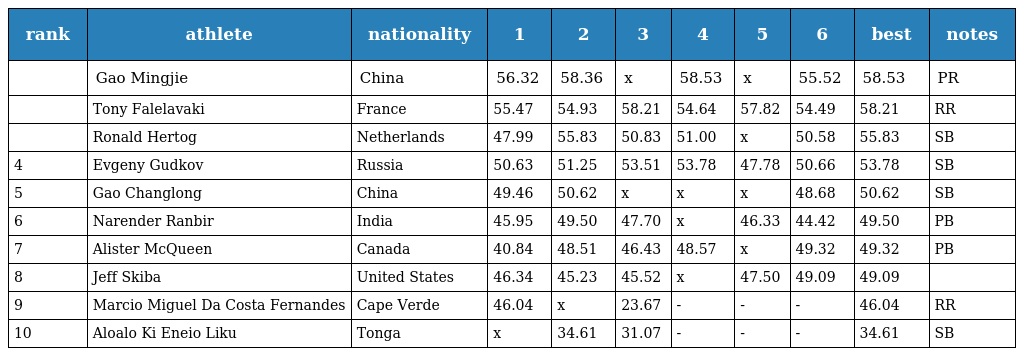
| rank | athlete | nationality | 1 | 2 | 3 | 4 | 5 | 6 | best | notes |
 | --- | --- | --- | --- | --- | --- | --- | --- | --- | --- | --- |
 |  | Gao Mingjie | China | 56.32 | 58.36 | x | 58.53 | x | 55.52 | 58.53 | PR |
 |  | Tony Falelavaki | France | 55.47 | 54.93 | 58.21 | 54.64 | 57.82 | 54.49 | 58.21 | RR |
 |  | Ronald Hertog | Netherlands | 47.99 | 55.83 | 50.83 | 51.00 | x | 50.58 | 55.83 | SB |
 | 4 | Evgeny Gudkov | Russia | 50.63 | 51.25 | 53.51 | 53.78 | 47.78 | 50.66 | 53.78 | SB |
 | 5 | Gao Changlong | China | 49.46 | 50.62 | x | x | x | 48.68 | 50.62 | SB |
 | 6 | Narender Ranbir | India | 45.95 | 49.50 | 47.70 | x | 46.33 | 44.42 | 49.50 | PB |
 | 7 | Alister McQueen | Canada | 40.84 | 48.51 | 46.43 | 48.57 | x | 49.32 | 49.32 | PB |
 | 8 | Jeff Skiba | United States | 46.34 | 45.23 | 45.52 | x | 47.50 | 49.09 | 49.09 |  |
 | 9 | Marcio Miguel Da Costa Fernandes | Cape Verde | 46.04 | x | 23.67 | - | - | - | 46.04 | RR |
 | 10 | Aloalo Ki Eneio Liku | Tonga | x | 34.61 | 31.07 | - | - | - | 34.61 | SB |